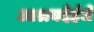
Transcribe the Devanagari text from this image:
आश्रयदेईजे